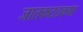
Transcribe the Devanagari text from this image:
जातकटठकथा